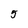
Character: 5